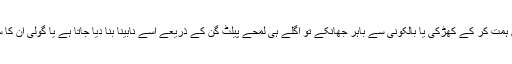
کوئی بچہ و خاتون ہمت کر کے کھڑکی یا بالکونی سے باہر جھانکے تو اگلے ہی لمحے پیلٹ گن کے ذریعے اسے نابینا بنا دیا جاتا ہے یا گولی ان کا سینہ چیر دیتی ہے۔